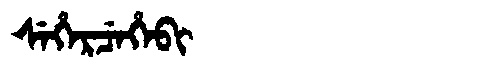
Manchu: ᠰᡝᡥᡝᡵᠴᡝᡥᡝᠪᡳ
Romanization: SEHERCEHEBI